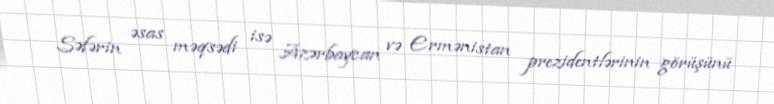
Səfərin əsas məqsədi isə Azərbaycan və Ermənistan prezidentlərinin görüşünü